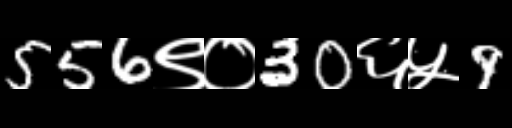
Text: 556९०30६५9